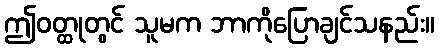
ဤဝတ္ထုတွင် သူမက ဘာကိုပြောချင်သနည်း။